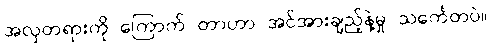
အလှတရားကို ကြောက် တာဟာ အင်အားချည့်နဲ့မှု သင်္ကေတပဲ။